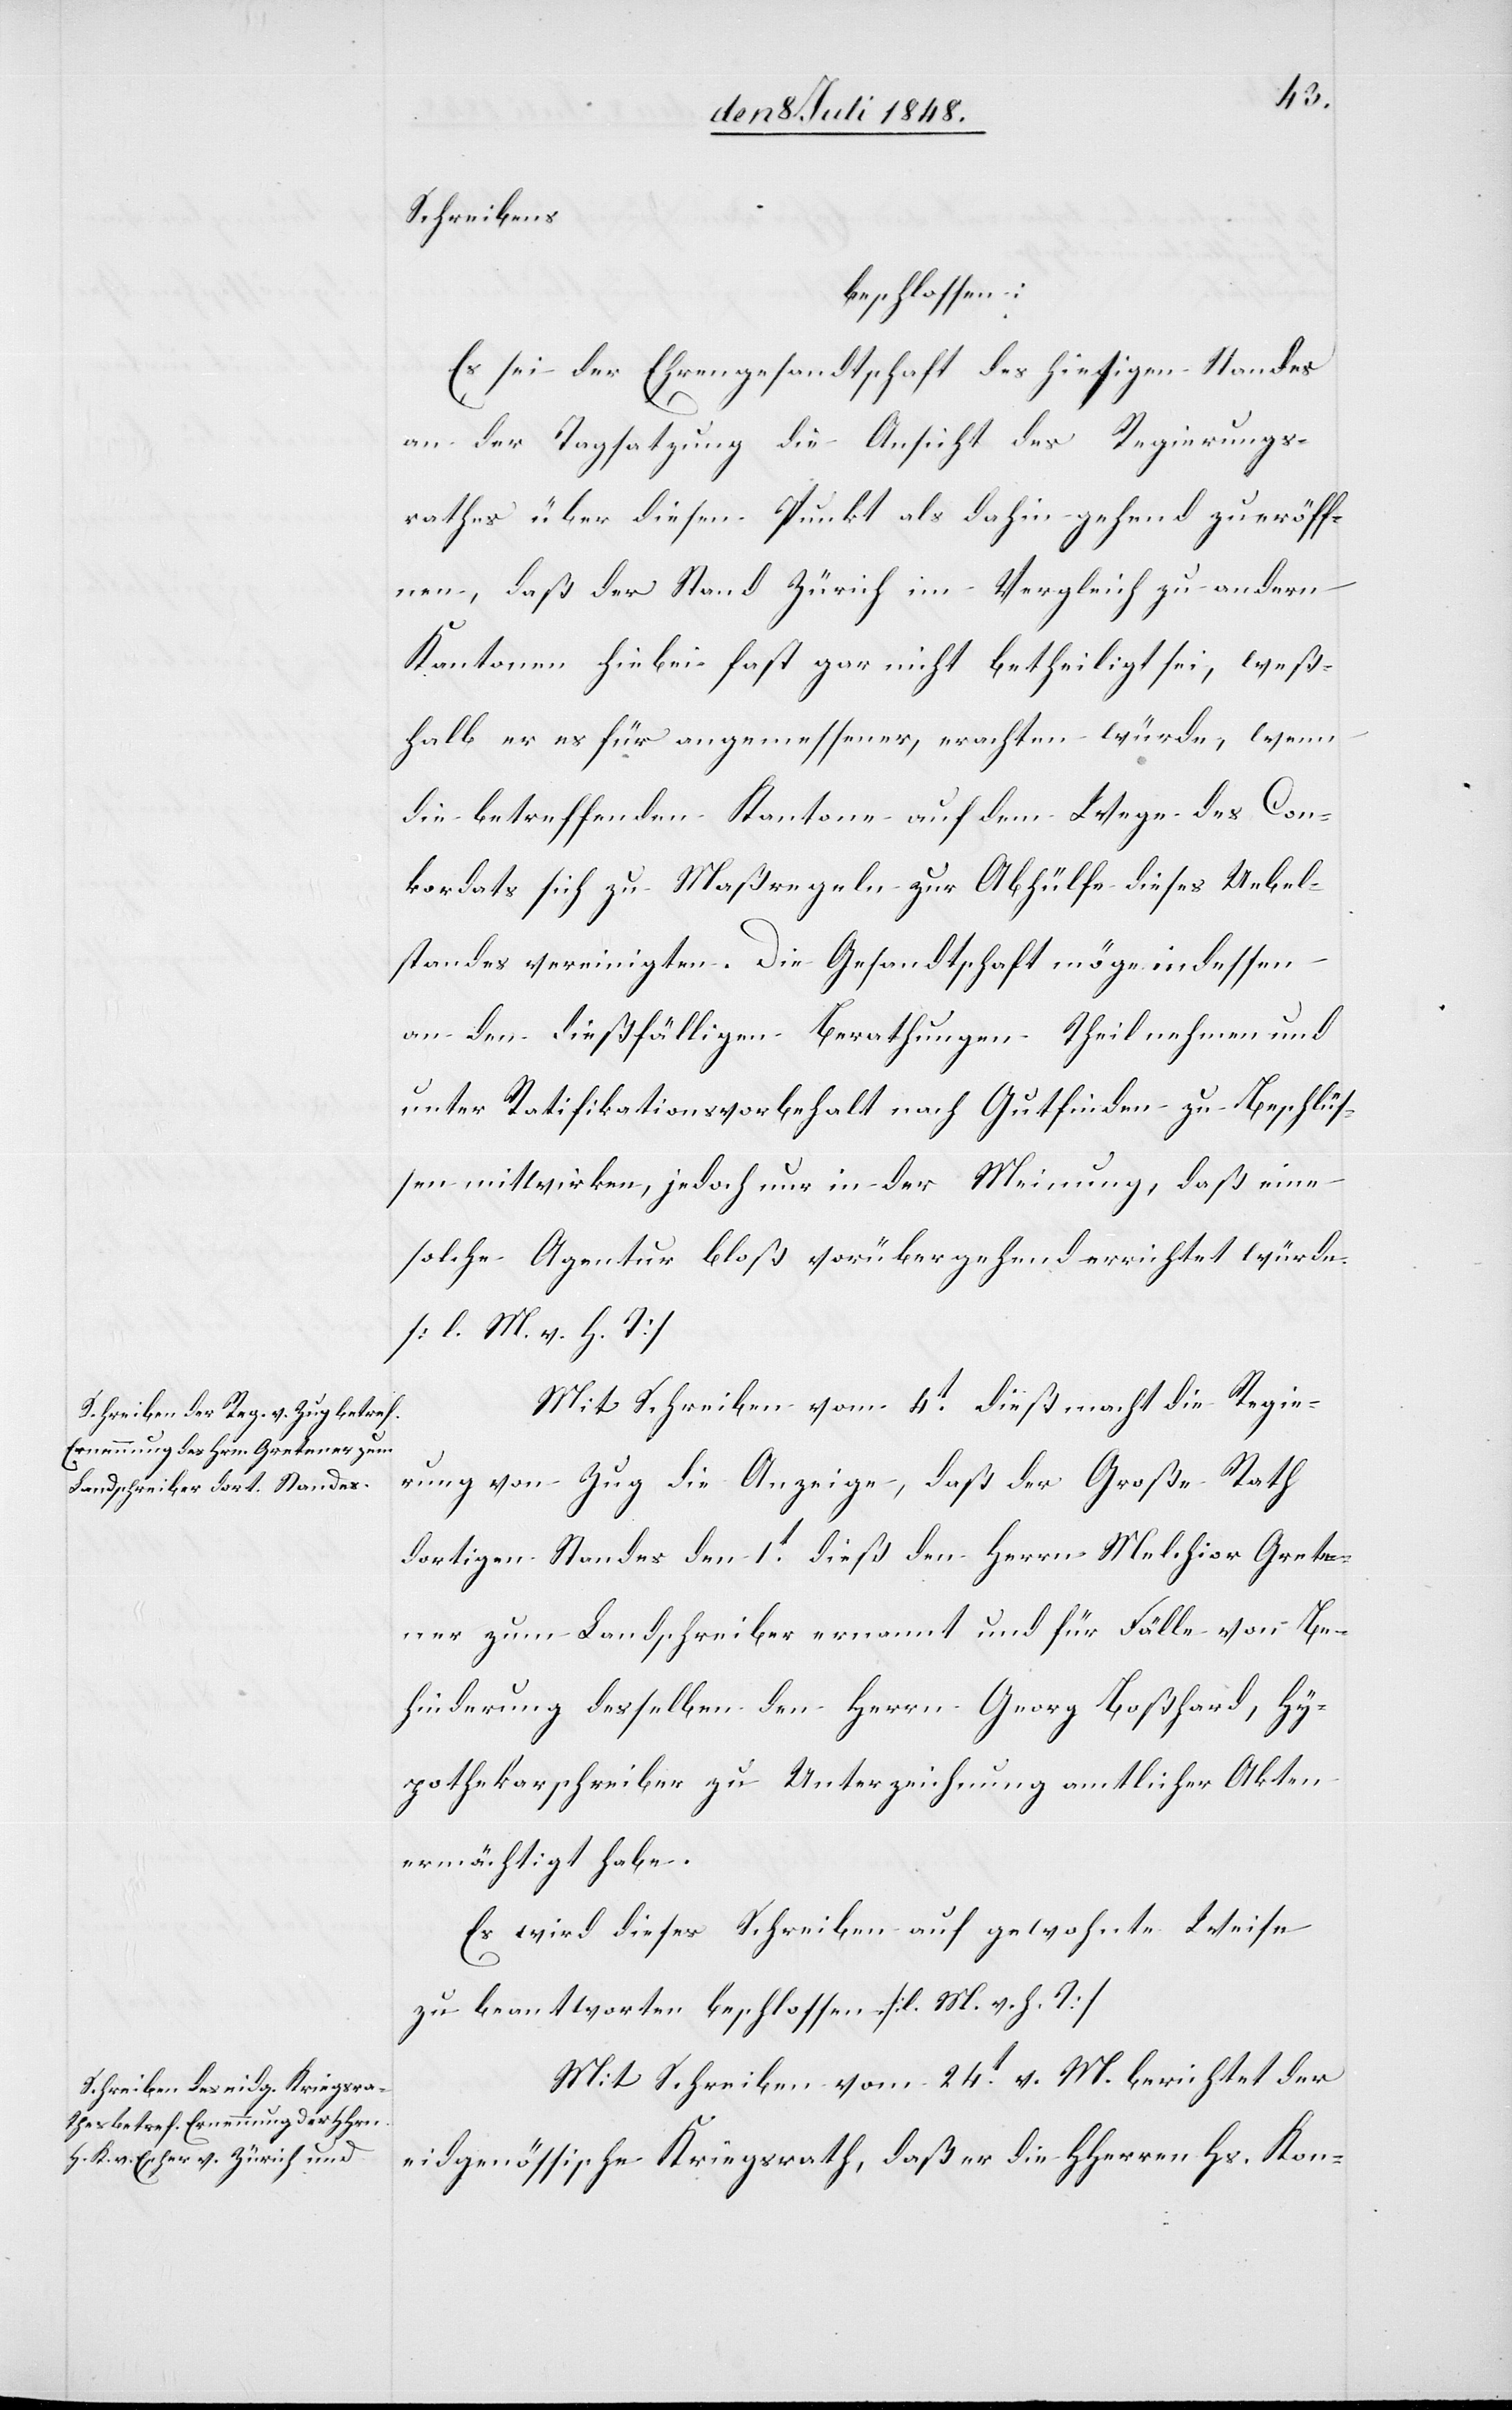
Schreibens
beschlossen:
Es sei der Ehrengesandtschaft des hiesigen Standes
an der Tagsatzung die Ansicht des Regierungs¬
rathes über diesen Punkt als dahin gehend zu eröff¬
nen, daß der Stand Zürich im Vergleich zu andern
Kantonen hiebei fast gar nicht betheiligt sei, weß¬
halb er es für angemessener, erachten würde, wenn
die betreffenden Kantone auf dem Wege des Con¬
kordats sich zu Maßregeln zur Abhülfe dieses Uebel¬
standes vereinigten. Die Gesandtschaft möge indessen
an den dießfälligen Berathungen Theil nehmen und
unter Ratifikationsvorbehalt nach Gutfinden zu Beschlüs¬
sen mitwirken, jedoch nur in der Meinung, daß eine
solche Agentur bloß vorübergehend errichtet würde.
[l. M. v. h. T]
Mit Schreiben vom 4t dieß macht die Regie¬
rung von Zug die Anzeige, daß der Große Rath
dortigen Standes den 1t dieß den Herrn Melchior Grete¬
ner zum Landschreiber ernannt und für Fälle von Be¬
hinderung desselben den Herrn Georg Boßhard, Hy¬
pothekarschreiber zu Unterzeichnung amtlicher Akten
ermächtigt habe.
Es wird dieses Schreiben auf gewohnte Weise
zu beantworten beschlossen. [l. M. v. h. T]
Mit Schreiben vom 24t v. M. berichtet der
eidgenössische Kriegsrath, daß er die HHerren Hs. Kon-